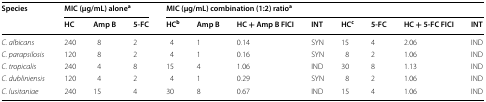
<table><thead><tr><td><b>Species</b></td><td colspan="3"><b>MIC (μg/mL) alone<sup>a</sup></b></td><td colspan="8"><b>MIC (μg/mL) combination (1:2) ratio<sup>a</sup></b></td></tr><tr><td></td><td><b>HC</b></td><td><b>Amp B</b></td><td><b>5-FC</b></td><td><b>HC<sup>b</sup></b></td><td><b>Amp B</b></td><td><b>HC + Amp B FICI</b></td><td><b>INT</b></td><td><b>HC<sup>c</sup></b></td><td><b>5-FC</b></td><td><b>HC + 5-FC FICI</b></td><td><b>INT</b></td></tr></thead><tbody><tr><td><i>C. albicans</i></td><td>240</td><td>8</td><td>2</td><td>4</td><td>1</td><td>0.14</td><td>SYN</td><td>15</td><td>4</td><td>2.06</td><td>IND</td></tr><tr><td><i>C. parapsilosis</i></td><td>120</td><td>8</td><td>2</td><td>4</td><td>1</td><td>0.16</td><td>SYN</td><td>8</td><td>2</td><td>1.06</td><td>IND</td></tr><tr><td><i>C. tropicalis</i></td><td>240</td><td>4</td><td>8</td><td>15</td><td>4</td><td>1.06</td><td>IND</td><td>30</td><td>8</td><td>1.13</td><td>IND</td></tr><tr><td><i>C. dubliniensis</i></td><td>120</td><td>4</td><td>2</td><td>4</td><td>1</td><td>0.29</td><td>SYN</td><td>8</td><td>2</td><td>1.06</td><td>IND</td></tr><tr><td><i>C. lusitaniae</i></td><td>240</td><td>15</td><td>4</td><td>30</td><td>8</td><td>0.67</td><td>IND</td><td>15</td><td>4</td><td>1.06</td><td>IND</td></tr></tbody></table>